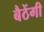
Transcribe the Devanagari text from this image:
बैठेंगी